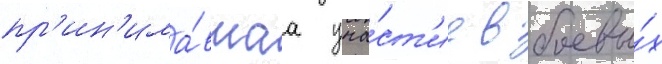
пр'ин'има́вшаа уча́ст'ие в боевы́х